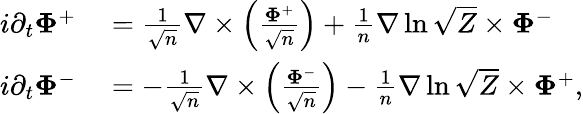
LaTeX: \begin{array}{rl}{i\partial_{t}\boldsymbol{\Phi}^{+}}&{{}=\frac{1}{\sqrt{n}}\nabla\times\left(\frac{\boldsymbol{\Phi}^{+}}{\sqrt{n}}\right)+\frac{1}{n}\nabla\ln\sqrt{Z}\times\boldsymbol{\Phi}^{-}}\\ {i\partial_{t}\boldsymbol{\Phi}^{-}}&{{}=-\frac{1}{\sqrt{n}}\nabla\times\left(\frac{\boldsymbol{\Phi}^{-}}{\sqrt{n}}\right)-\frac{1}{n}\nabla\ln\sqrt{Z}\times\boldsymbol{\Phi}^{+},}\end{array}